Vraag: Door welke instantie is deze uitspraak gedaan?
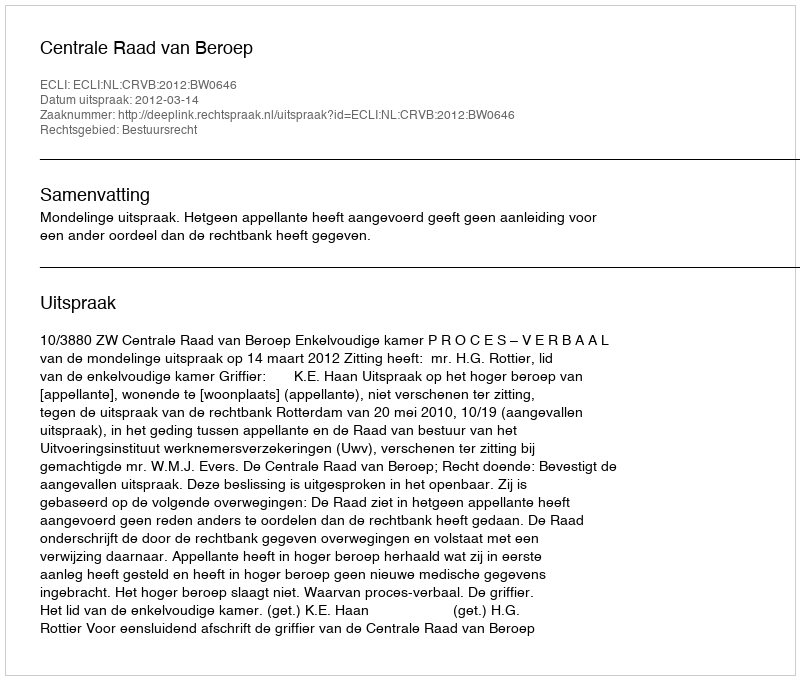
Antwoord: Centrale Raad van Beroep